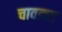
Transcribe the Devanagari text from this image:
चावड्या